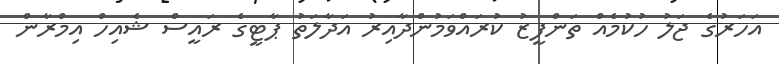
އަހަރުގެ ޖަލު ހުކުމެއް ތަންފީޒު ކުރައްވަމުންދާއިރު އަދާލަތު ޕާޓީގެ ރައީސް ޝެއިހް އިމްރާން